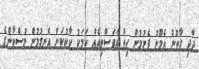
ދާދި ގާތުން އެމޫނު ފެނުމުން ހިތް އަވަސްވިއެއް ކަމަކު ކާކުކަން އެނގުމުން މުސްކާންގެ